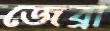
জেব্রা